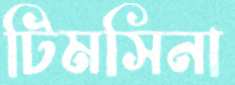
টিমসিনা